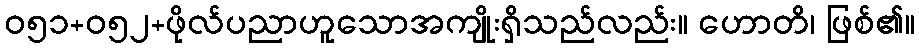
ဝ၅၁+၀၅၂+ဖိုလ်ပညာဟူသောအကျိုးရှိသည်လည်း။ ဟောတိ၊ ဖြစ်၏။